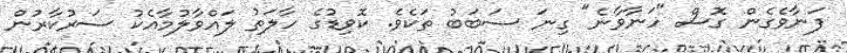
ފަނާވެގެން ގޮސް "ހަނާވާނެ" ގިނަ ސަބަބު ތަކެވެ. ކޮވިޑުގެ ހާލަތު ލައްވާލުމާއެކު ސަރުކާރުން